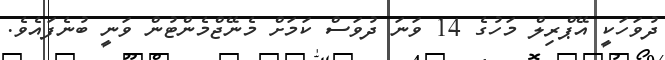
ދުވަހަކީ އޭޕްރިލް މަހުގެ 14 ވަނަ ދުވަސް ކަމަށް މެނޭޖްމެންޓުން ވަނީ ބުނެފައެވެ.